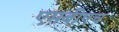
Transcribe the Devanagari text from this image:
एमबीएच